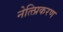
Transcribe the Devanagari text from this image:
नेत्त्प्रिकरण